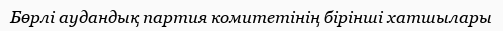
Бөрлі аудандық партия комитетінің бірінші хатшылары